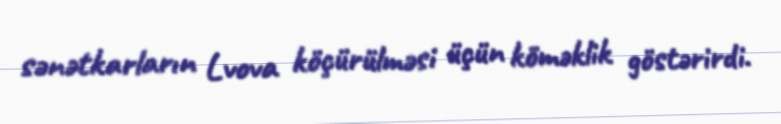
sənətkarların Lvova köçürülməsi üçün köməklik göstərirdi.